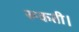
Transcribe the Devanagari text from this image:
रूकती।